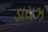
ડાયઝ